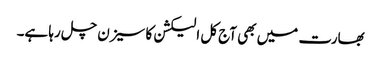
بھارت میں بھی آج کل الیکشن کا سیزن چل رہا ہے۔